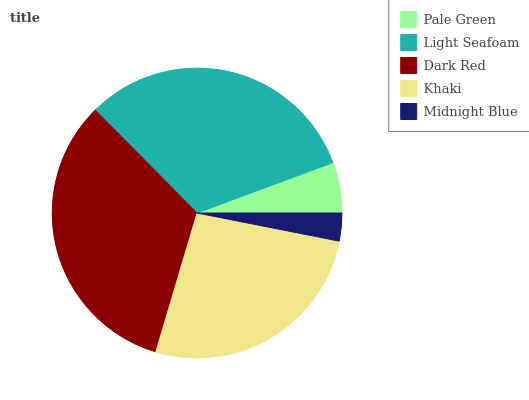
| Pale Green | Light Seafoam | Dark Red | Khaki | Midnight Blue |
 | --- | --- | --- | --- | --- |
 | 5.65% | 31.8% | 33% | 26.4% | 3.11% |